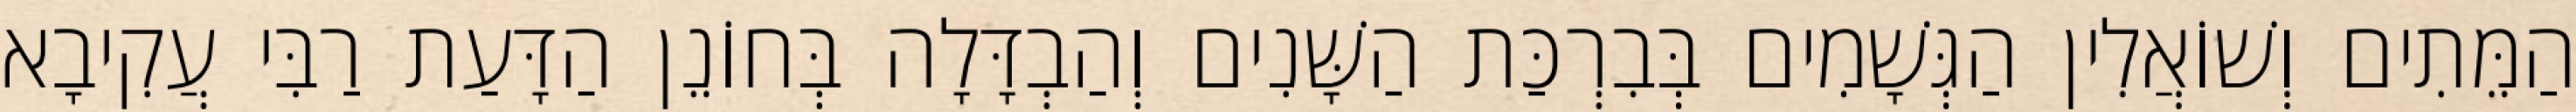
הַמֵּתִים וְשׁוֹאֲלִין הַגְּשָׁמִים בְּבִרְכַּת הַשָּׁנִים וְהַבְדָּלָה בְּחוֹנֵן הַדָּעַת רַבִּי עֲקִיבָא